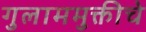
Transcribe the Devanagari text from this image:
गुलाममुक्तीचे